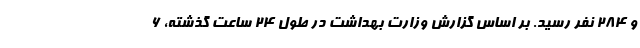
و ۲۸۴ نفر رسید. بر اساس گزارش وزارت بهداشت در طول ۲۴ ساعت گذشته، ۶